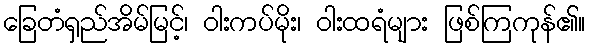
ခြေတံရှည်အိမ်မြင့်၊ ဝါးကပ်မိုး၊ ဝါးထရံများ ဖြစ်ကြကုန်၏။